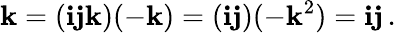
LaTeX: \mathbf{k}=(\mathbf{ijk})(-\mathbf{k})=(\mathbf{ij})(-\mathbf{k}^{2})=\mathbf{ij}\, .